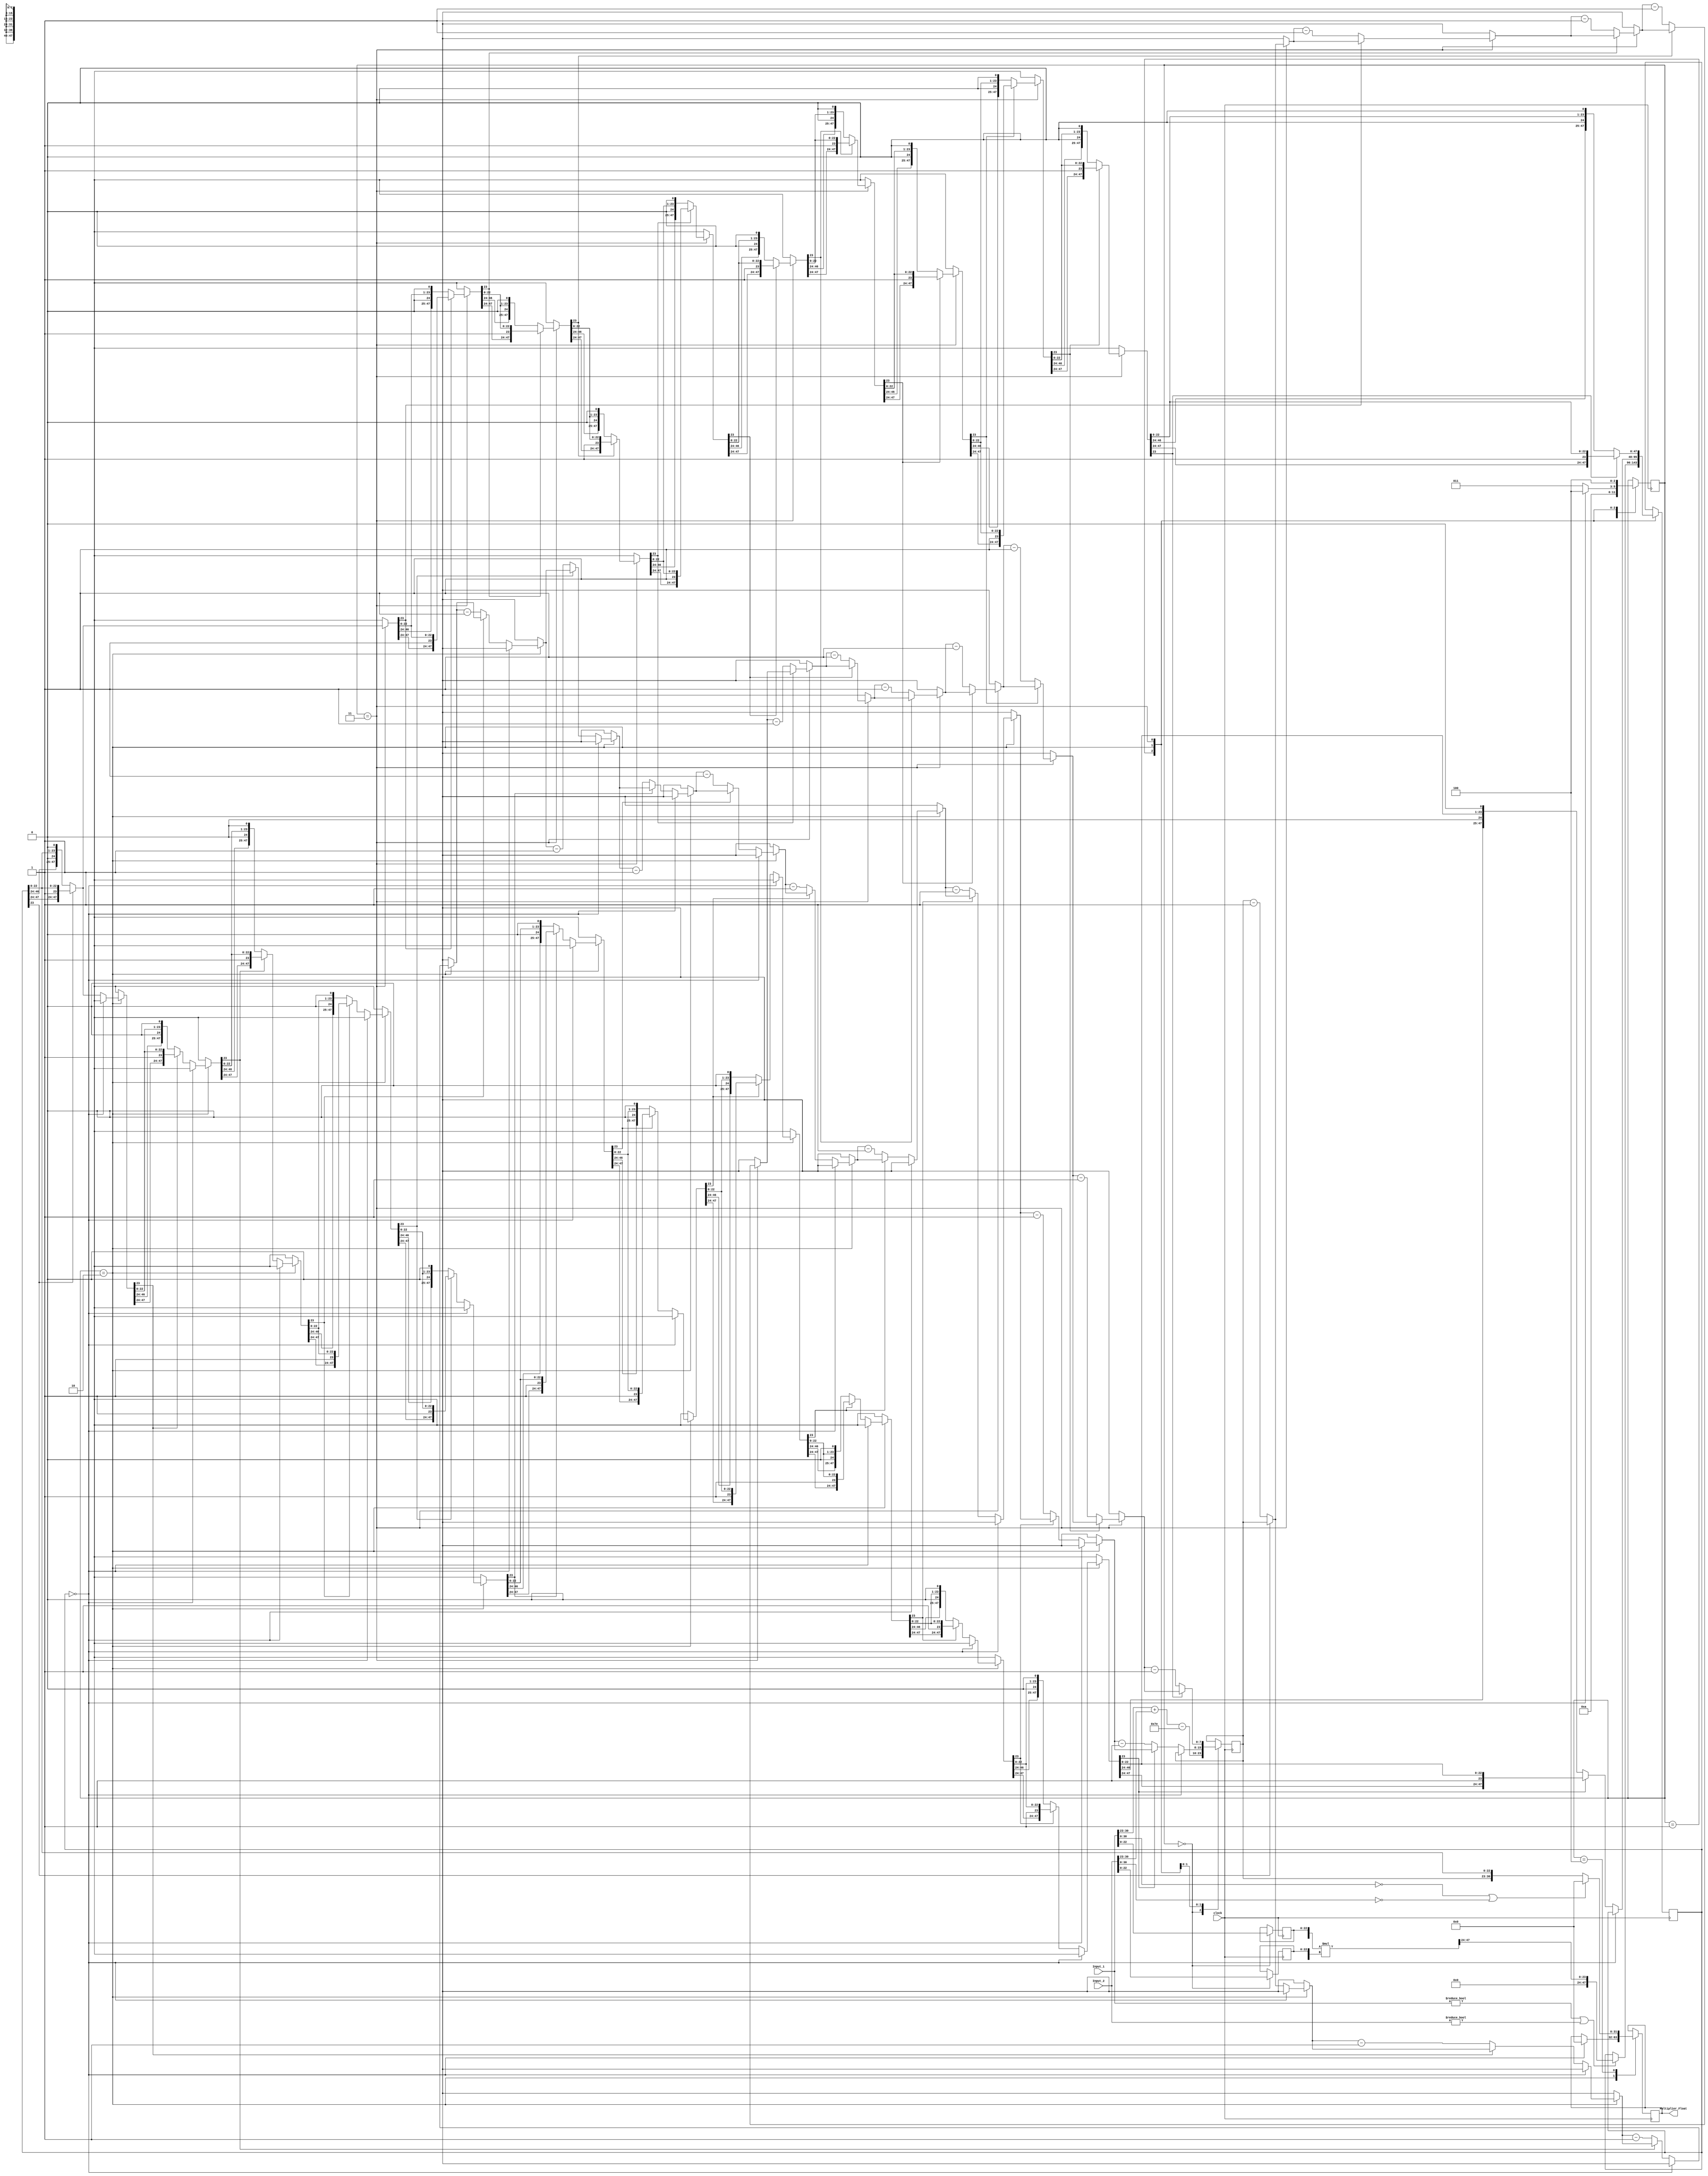
module Multiplier(
		input clock,
		input [31:0] Input_1,
		input [31:0] Input_2,
		output reg [31:0] Multiplier_Float    
	);
    
    reg Input_1_sign, Input_2_sign, Multiplier_Float_sign;
    reg [7:0] Input_1_exp, Input_2_exp, Multiplier_Float_exp;
    reg [23:0] Input_1_mnt, Input_2_mnt;
    reg [47:0] Multiplier_Float_mnt, temp_mnt;
	
    integer i_for;
	
    reg [2:0] state = 'b1000110;
    
    always @(posedge clock)
    begin
    case (state)
    'b0:
    begin
		//Breaking the inputs into sign, exponent and mantissa based on IEEE format
        Input_1_sign = Input_1[31];
        Input_2_sign = Input_2[31]; 
        Input_1_exp = Input_1[30:23];
        Input_2_exp = Input_2[30:23];
        Input_1_mnt[22:0] = Input_1[22:0];
        Input_2_mnt[22:0] = Input_2[22:0];
		// +1 is for taking into account the leading zeros, 
		// - 126 is -127 + 1
        Multiplier_Float_exp = Input_1_exp + Input_2_exp;
        Multiplier_Float_exp = Multiplier_Float_exp - 8'b01111110;		
        state = 'b1;
    end
    'b1:
    begin
        if (Input_1 != 0 || Input_2 != 0)
        begin
            temp_mnt = Input_1_mnt * Input_2_mnt;	//Mantissa multiplicaiton
            Multiplier_Float_mnt = temp_mnt[47:24];
        end
        state = 'b10;
    end
    'b10:
    begin
        if(Multiplier_Float_mnt == 0)
        begin
            Multiplier_Float = 32'b0;
			//Skip multiplication to the end
            state = 'b100;
        end
        else
        begin
            //Normalizing the results for the defined leading "1" in IEEE format
			//Shifting left the mantissa and adjussting the expont while the last bit is "0"
            for(i_for = 0; i_for < 12; i_for = i_for + 1)
                if(Multiplier_Float_mnt[23] == 0)
                begin
                    Multiplier_Float_mnt = Multiplier_Float_mnt << 1;
                    Multiplier_Float_exp = Multiplier_Float_exp - 1;
                end
            state = 'b11;
        end
    end
    'b11:
    begin
        //Normalizing the results for the defined leading "1" in IEEE format
		//Shifting left the mantissa and adjussting the expont while the last bit is "0"
        for(i_for = 12; i_for < 23; i_for = i_for + 1)
            if (Multiplier_Float_mnt[23] == 0)
            begin
                Multiplier_Float_mnt = Multiplier_Float_mnt << 1;
                Multiplier_Float_exp = Multiplier_Float_exp - 1;
            end
        state = 'b100;
    end
    'b100:
    begin
        Multiplier_Float_sign = Input_1_sign ^ Input_2_sign;	//Sign Calculation
        if(Input_1[30:0] == 31'b0 || Input_2[30:0] == 31'b0) 	//If any of inputs is 0, output is 0
            Multiplier_Float = 32'b0;
        else
            Multiplier_Float = {sign, Multiplier_Float_exp, Multiplier_Float_mnt[22:0]};
    end
    endcase 
    end
endmodule